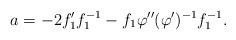
LaTeX: \begin{align*}a=-2f_1'f_1^{-1}-f_1\varphi''(\varphi')^{-1}f_1^{-1}.\end{align*}